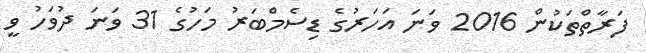
ފަރާތްތަކުން 2016 ވަނަ އަހަރުގެ ޑިސެމްބަރު މަހުގެ 31 ވަނަ ދުވަހު ވީ